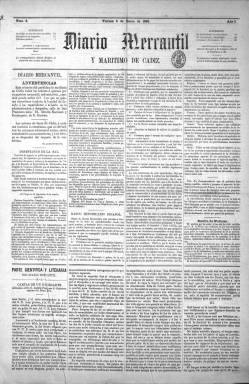
Título: Diario mercantil y marítimo de Cádiz
Colección: Periódicos
Ámbito geográfico: Cádiz
Lugar de publicación: Cádiz
Fechas: 01/01/1863-30/06/1863